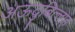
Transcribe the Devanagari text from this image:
अऊदुबिल्लाह